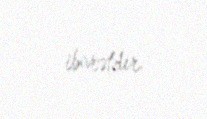
ibarətdir.